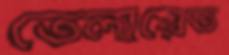
তেলায়েত